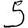
Digit: 5